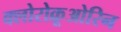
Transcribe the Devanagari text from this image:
क्लोरोक्रूओरिन